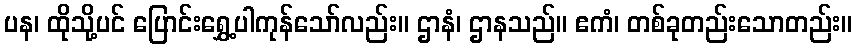
ပန၊ ထိုသို့ပင် ပြောင်းရွှေ့ပါကုန်သော်လည်း။ ဌာနံ၊ ဌာနသည်။ ဧကံ၊ တစ်ခုတည်းသောတည်း။